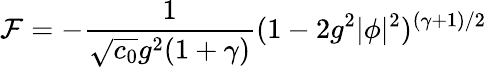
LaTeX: {\cal F}=-{\frac{1}{\sqrt{c_{0}}g^{2}(1+\gamma)}}(1-2g^{2}|\phi|^{2})^{(\gamma+1)/2}